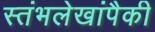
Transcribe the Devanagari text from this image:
स्तंभलेखांपैकी